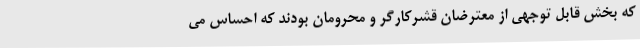
که بخش قابل توجهی از معترضان قشرکارگر و محرومان بودند که احساس می